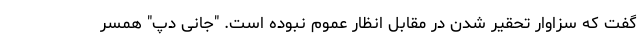
گفت که سزاوار تحقیر شدن در مقابل انظار عموم نبوده است. "جانی دپ" همسر